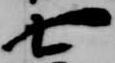
七